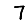
Digit: 7